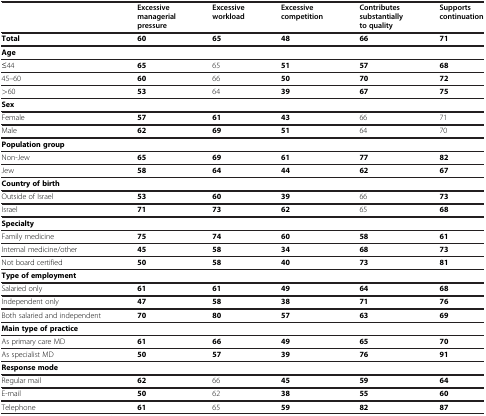
|  | Excessive managerial pressure | Excessive workload | Excessive competition | Contributes substantially to quality | Supports continuation |
 | --- | --- | --- | --- | --- | --- |
 | Total | 60 | 65 | 48 | 66 | 71 |
 | Age |  |  |  |  |  |
 | ≤44 | 65 | 65 | 51 | 57 | 68 |
 | 45–60 | 60 | 66 | 50 | 70 | 72 |
 | >60 | 53 | 64 | 39 | 67 | 75 |
 | Sex |  |  |  |  |  |
 | Female | 57 | 61 | 43 | 66 | 71 |
 | Male | 62 | 69 | 51 | 64 | 70 |
 | Population group |  |  |  |  |  |
 | Non-Jew | 65 | 69 | 61 | 77 | 82 |
 | Jew | 58 | 64 | 44 | 62 | 67 |
 | Country of birth |  |  |  |  |  |
 | Outside of Israel | 53 | 60 | 39 | 66 | 73 |
 | Israel | 71 | 73 | 62 | 65 | 68 |
 | Specialty |  |  |  |  |  |
 | Family medicine | 75 | 74 | 60 | 58 | 61 |
 | Internal medicine/other | 45 | 58 | 34 | 68 | 73 |
 | Not board certified | 50 | 58 | 40 | 73 | 81 |
 | Type of employment |  |  |  |  |  |
 | Salaried only | 61 | 61 | 49 | 64 | 68 |
 | Independent only | 47 | 58 | 38 | 71 | 76 |
 | Both salaried and independent | 70 | 80 | 57 | 63 | 69 |
 | Main type of practice |  |  |  |  |  |
 | As primary care MD | 61 | 66 | 49 | 65 | 70 |
 | As specialist MD | 50 | 57 | 39 | 76 | 91 |
 | Response mode |  |  |  |  |  |
 | Regular mail | 62 | 66 | 45 | 59 | 64 |
 | E-mail | 50 | 62 | 38 | 55 | 60 |
 | Telephone | 61 | 65 | 59 | 82 | 87 |